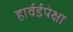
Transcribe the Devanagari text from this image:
हार्वर्डपेक्षा